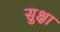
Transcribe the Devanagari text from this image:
सुक्षा